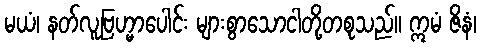
မယံ၊ နတ်လူဗြဟ္မာပေါင်း များစွာသောငါတို့တစုသည်။ ဣမံ ဇိနံ၊